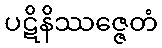
ပဋိနိဿဇ္ဇေတံ